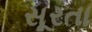
સૂરતા